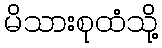
မိသားစုထံသို့